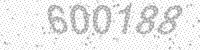
Solution: 600188